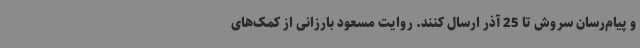
و پیام‌رسان سروش تا 25 آذر ارسال کنند. روایت مسعود بارزانی از کمک‌های